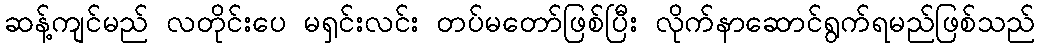
ဆန့်ကျင်မည် လတိုင်းပေ မရှင်းလင်း တပ်မတော်ဖြစ်ပြီး လိုက်နာဆောင်ရွက်ရမည်ဖြစ်သည်